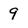
Character: 9